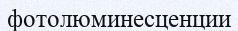
фотолюминесценции